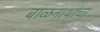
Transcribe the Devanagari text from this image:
बाळनाथांचा